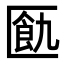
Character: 㔲